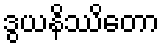
ဒွယနိဿိတော